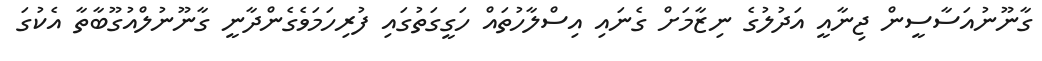
ގާނޫނުއަސާސީން ޖިނާއީ އަދުލުގެ ނިޒާމަށް ގެނައި އިސްލާހުތައް ހަގީގަތުގައި ފުރިހަމަވެގެންދާނީ ގާނޫނުލްއުގޫބާތާ އެކުގަ